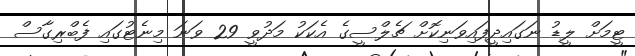
ޓީމަށް ލީޑު ނަގައިދީފައިވަނިކޮށް ޗެލްސީގެ އެކަކު މަދުވީ 29 ވަނަ މިނެޓުގައި ފެބްރިގާސް